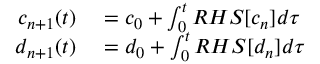
\begin{array} { r } { \begin{array} { r l } { c _ { n + 1 } ( t ) } & { { } = c _ { 0 } + \int _ { 0 } ^ { t } R H S [ c _ { n } ] d \tau } \\ { d _ { n + 1 } ( t ) } & { { } = d _ { 0 } + \int _ { 0 } ^ { t } R H S [ d _ { n } ] d \tau } \end{array} } \end{array}